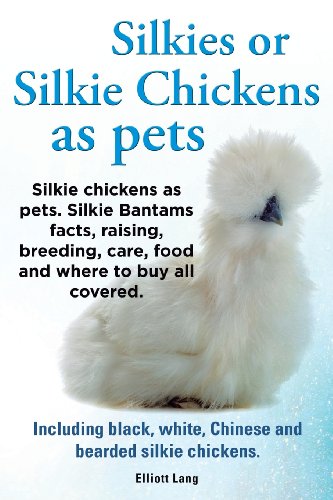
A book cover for Silkies or Silkie Chickens as Pets. Silkie Bantams Facts, Raising, Breeding, Care, Food and Where to Buy All Covered. Including Black, White, Chinese; Lang Elliot; Crafts, Hobbies & Home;